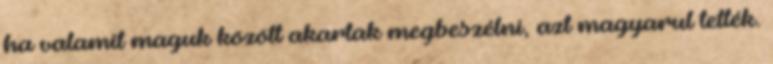
ha valamit maguk között akartak megbeszélni, azt magyarul tették.